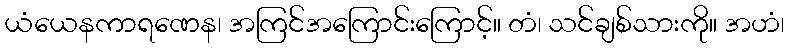
ယံယေနကာရဏေန၊ အကြင်အကြောင်းကြောင့်။ တံ၊ သင်ချစ်သားကို။ အဟံ၊